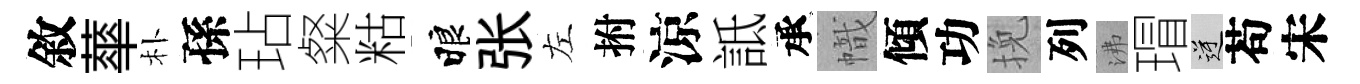
敘蕐朴孫玷粲䊀睱张左拊涼詆承幟傾功挽列沸瑁逆苟宋